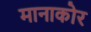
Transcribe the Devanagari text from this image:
मानाकोर